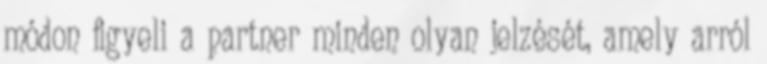
módon ﬁgyeli a partner minden olyan jelzését, amely arról